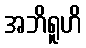
အဘိရူဟိ